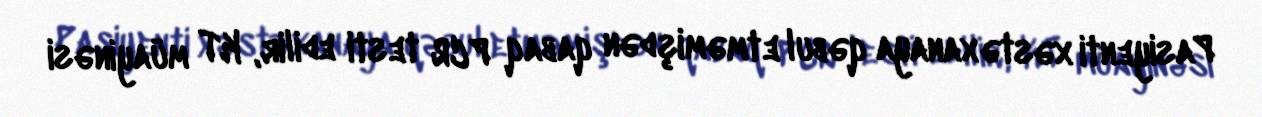
Pasiyenti xəstəxanaya qəbul etməmişdən qabaq PCR testi edilir, KT müayinəsi